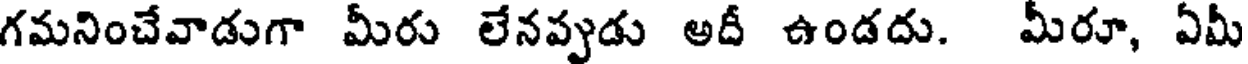
గమనించేవాడుగా మీరు లేనప్పుడు అదీ ఉండదు. మీరూ, ఏమీ